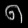
Digit: ၈